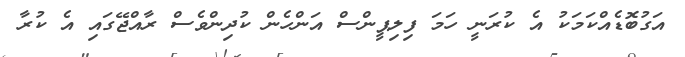
އަގުބޮޑެއްކަމަކު އެ ކުރަނީ ހަމަ ފިލިޕީންސް އަންހެން ކުދިންވެސް ރާއްޖޭގައި އެ ކުރާ